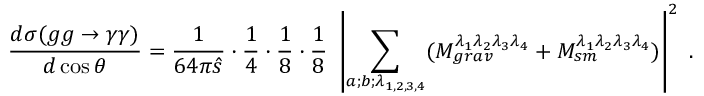
\frac { d \sigma ( g g \to \gamma \gamma ) } { d \cos \theta } = \frac { 1 } { 6 4 \pi \hat { s } } \cdot \frac { 1 } { 4 } \cdot \frac { 1 } { 8 } \cdot \frac { 1 } { 8 } ~ \left| \sum _ { a ; b ; \lambda _ { 1 , 2 , 3 , 4 } } ( { \cal M } _ { g r a v } ^ { \lambda _ { 1 } \lambda _ { 2 } \lambda _ { 3 } \lambda _ { 4 } } + { \cal M } _ { s m } ^ { \lambda _ { 1 } \lambda _ { 2 } \lambda _ { 3 } \lambda _ { 4 } } ) \right| ^ { 2 } \; .